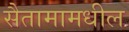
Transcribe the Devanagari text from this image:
सैतामामधील